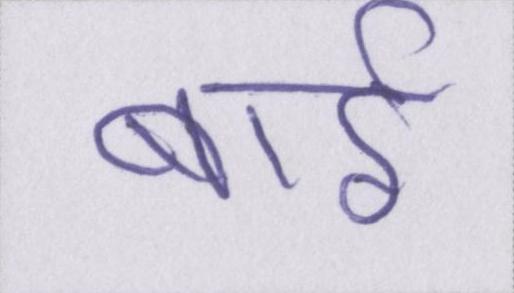
बाईं